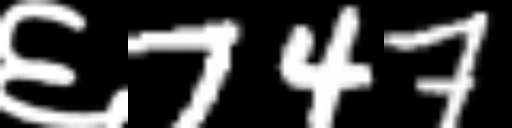
Text: ६747